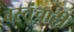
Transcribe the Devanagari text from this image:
वस्तूंचाही